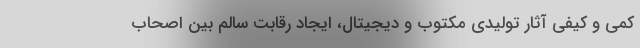
کمی و کیفی آثار تولیدی مکتوب و دیجیتال، ایجاد رقابت سالم بین اصحاب